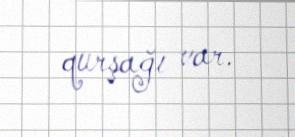
qurşağı var.